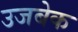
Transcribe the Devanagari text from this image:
उजबेक